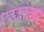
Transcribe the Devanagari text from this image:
एस्कोलार